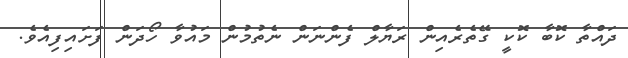
ދައްތާ ކޮބާ ކޮކީ ގޭތެރެއިން ރަޔާލް ފެންނަން ނެތުމުން މައުވާ ހޯދަން ފަށައިފިއެވެ.